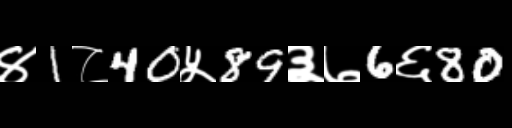
Text: ४1८40५89३७6६80